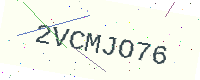
Text: 2VCMJO76